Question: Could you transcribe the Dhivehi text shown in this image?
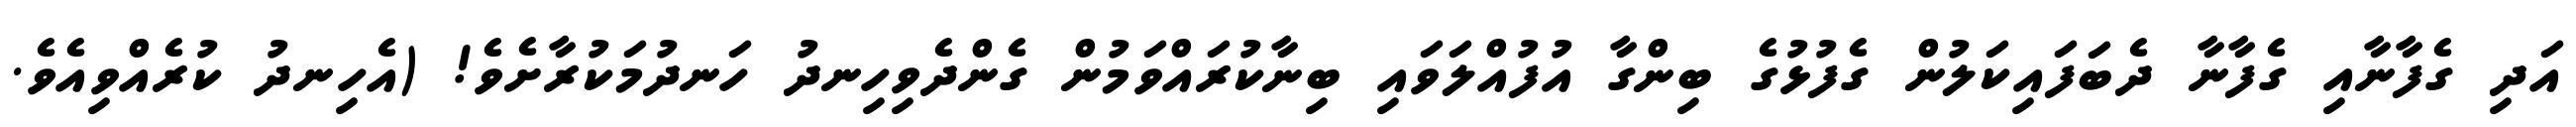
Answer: އަދި ގެފާނާއި ގެފާނާ ދެބަފައިކަލުން ގެފުޅުގެ ބިންގާ އުފުއްލަވައި ބިނާކުރައްވަމުން ގެންދެވިހިނދު ހަނދުމަކުރާށެވެ! (އެހިނދު ކުރެއްވިއެވެ.